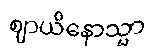
ဈာယိနောသ္မာ